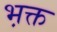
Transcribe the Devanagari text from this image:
भ़क्त